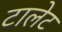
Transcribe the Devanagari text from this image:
टालेट